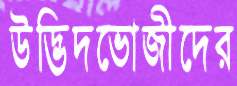
উদ্ভিদভোজীদের